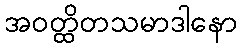
အဝတ္ထိတသမာဒါနော